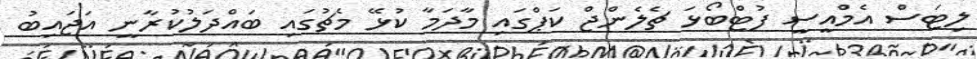
ލިޓަސް އެމްއީސީ ފުޓްބޯޅަ ޗެލެންޖް ކަޕްގައި މާދަމާ ކުޅޭ މެޗުގައި ބައްދަލުކުރާނީ އަޖައިބު